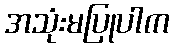
အသုံးမပြုပါက